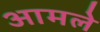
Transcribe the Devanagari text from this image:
आमले